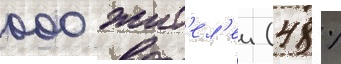
000 жит'ел'еи (48 %